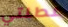
عطلتي